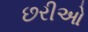
છરીઓ